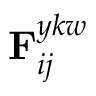
{ { \bf { F } } _ { i j } ^ { y k w } }